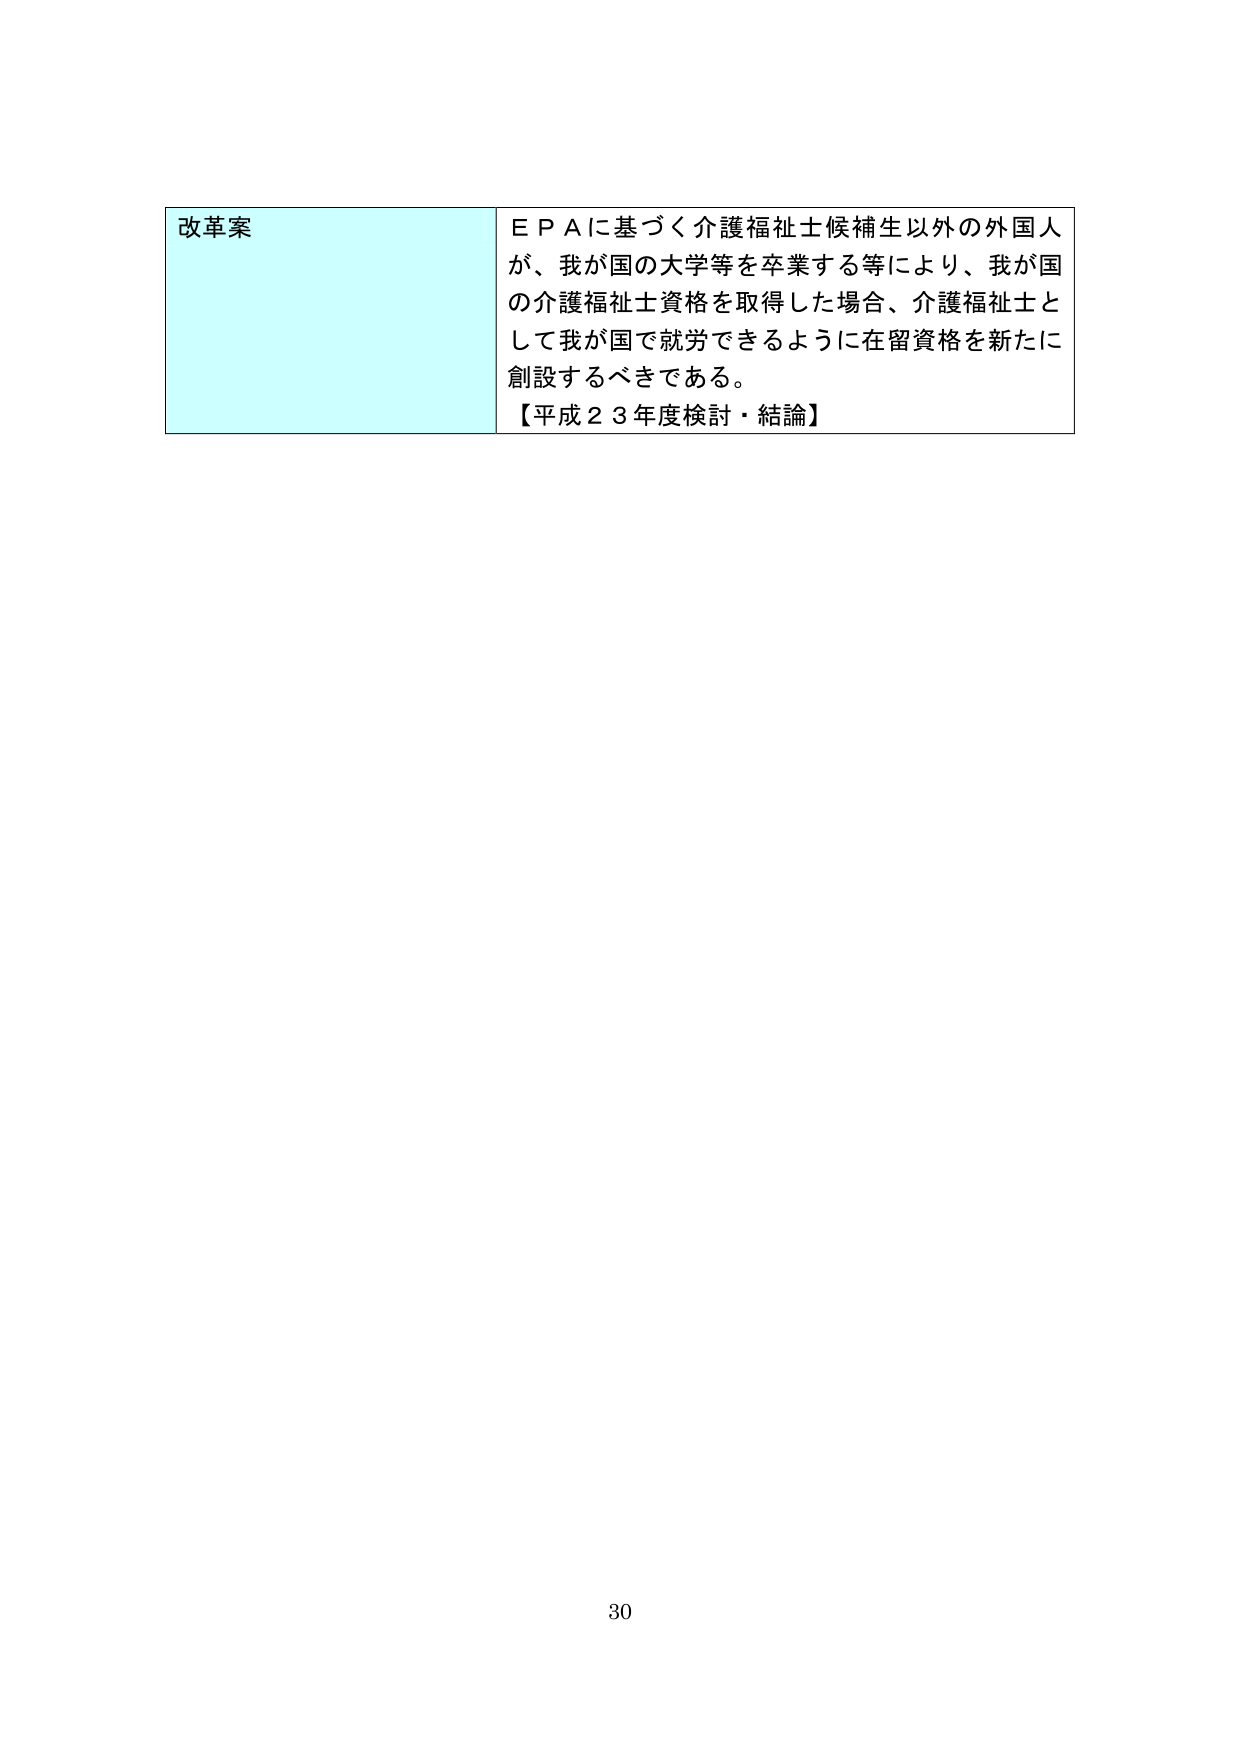
改革案
ＥＰＡに基づく介護福祉士候補生以外の外国人が、我が国の大学等を卒業する等により、我が国の介護福祉士資格を取得した場合、介護福祉士として我が国で就労できるように在留資格を新たに創設するべきである。
【平成２３年度検討・結論】
30